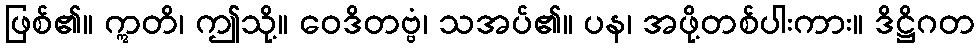
ဖြစ်၏။ ဣတိ၊ ဤသို့။ ဝေဒိတဗ္ဗံ၊ သအပ်၏။ ပန၊ အဖို့တစ်ပါးကား။ ဒိဋ္ဌိဂတ